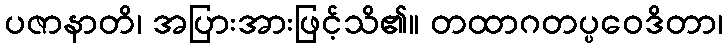
ပဇာနာတိ၊ အပြားအားဖြင့်သိ၏။ တထာဂတပ္ပဝေဒိတာ၊